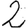
Digit: 2